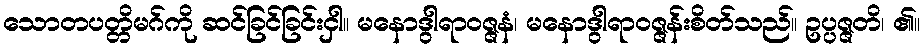
သောတပတ္တိမဂ်ကို ဆင်ခြင်ခြင်းငှါ။ မနောဒွါရာဝဇ္ဇနံ၊ မနောဒွါရာဝဇ္ဇန်းစိတ်သည်။ ဥပ္ပဇ္ဇတိ၊ ၏။